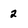
Character: 2